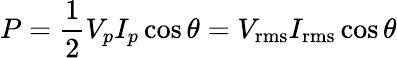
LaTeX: P={\frac{1}{2}}V_{p}I_{p}\cos\theta=V_{\mathrm{{rms}}}I_{\mathrm{{rms}}}\cos\theta